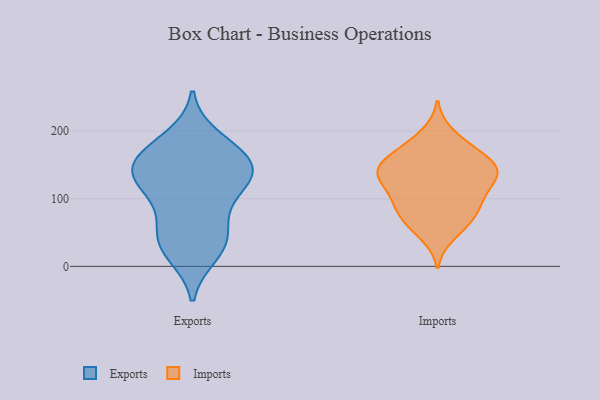
{"axis": {"x": "Website Visitors", "y": "Value"}, "legend": ["Exports", "Imports"], "data": [{"x": "", "y": 25, "type": "Exports"}, {"x": "", "y": 136, "type": "Exports"}, {"x": "", "y": 58, "type": "Exports"}, {"x": "", "y": 176, "type": "Exports"}, {"x": "", "y": 18, "type": "Exports"}, {"x": "", "y": 52, "type": "Exports"}, {"x": "", "y": 137, "type": "Exports"}, {"x": "", "y": 112, "type": "Exports"}, {"x": "", "y": 127, "type": "Exports"}, {"x": "", "y": 163, "type": "Exports"}, {"x": "", "y": 159, "type": "Exports"}, {"x": "", "y": 36, "type": "Exports"}, {"x": "", "y": 135, "type": "Exports"}, {"x": "", "y": 150, "type": "Exports"}, {"x": "", "y": 96, "type": "Exports"}, {"x": "", "y": 190, "type": "Exports"}, {"x": "", "y": 138, "type": "Imports"}, {"x": "", "y": 103, "type": "Imports"}, {"x": "", "y": 66, "type": "Imports"}, {"x": "", "y": 125, "type": "Imports"}, {"x": "", "y": 154, "type": "Imports"}, {"x": "", "y": 165, "type": "Imports"}, {"x": "", "y": 46, "type": "Imports"}, {"x": "", "y": 64, "type": "Imports"}, {"x": "", "y": 131, "type": "Imports"}, {"x": "", "y": 139, "type": "Imports"}, {"x": "", "y": 99, "type": "Imports"}, {"x": "", "y": 179, "type": "Imports"}, {"x": "", "y": 136, "type": "Imports"}, {"x": "", "y": 140, "type": "Imports"}, {"x": "", "y": 97, "type": "Imports"}, {"x": "", "y": 74, "type": "Imports"}, {"x": "", "y": 168, "type": "Imports"}, {"x": "", "y": 146, "type": "Imports"}, {"x": "", "y": 196, "type": "Imports"}, {"x": "", "y": 89, "type": "Imports"}]}